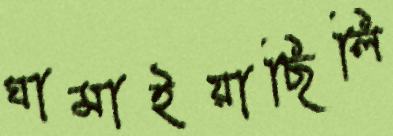
ঘামাইয়াছিলি